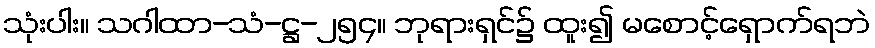
သုံးပါး။ သဂါထာ-သံ-ဋ္ဌ-၂၅၄။ ဘုရားရှင်၌ ထူး၍ မစောင့်ရှောက်ရဘဲ